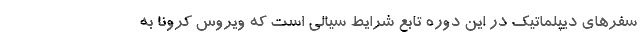
سفرهای دیپلماتیک در این دوره تابع شرایط سیالی است که ویروس کرونا به